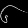
Digit: ၆